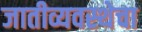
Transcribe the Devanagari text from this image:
जातीव्यवस्थेचा